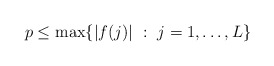
\begin{align*}p\le \max\{|f(j)|~:~ j=1, \ldots, L\}\end{align*}